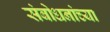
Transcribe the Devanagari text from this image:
संबोधनांच्या